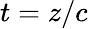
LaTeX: t=z/c